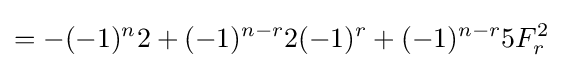
=-(-1)^{n}2+(-1)^{n-r}2(-1)^{r}+(-1)^{n-r}5F_{r}^{2}